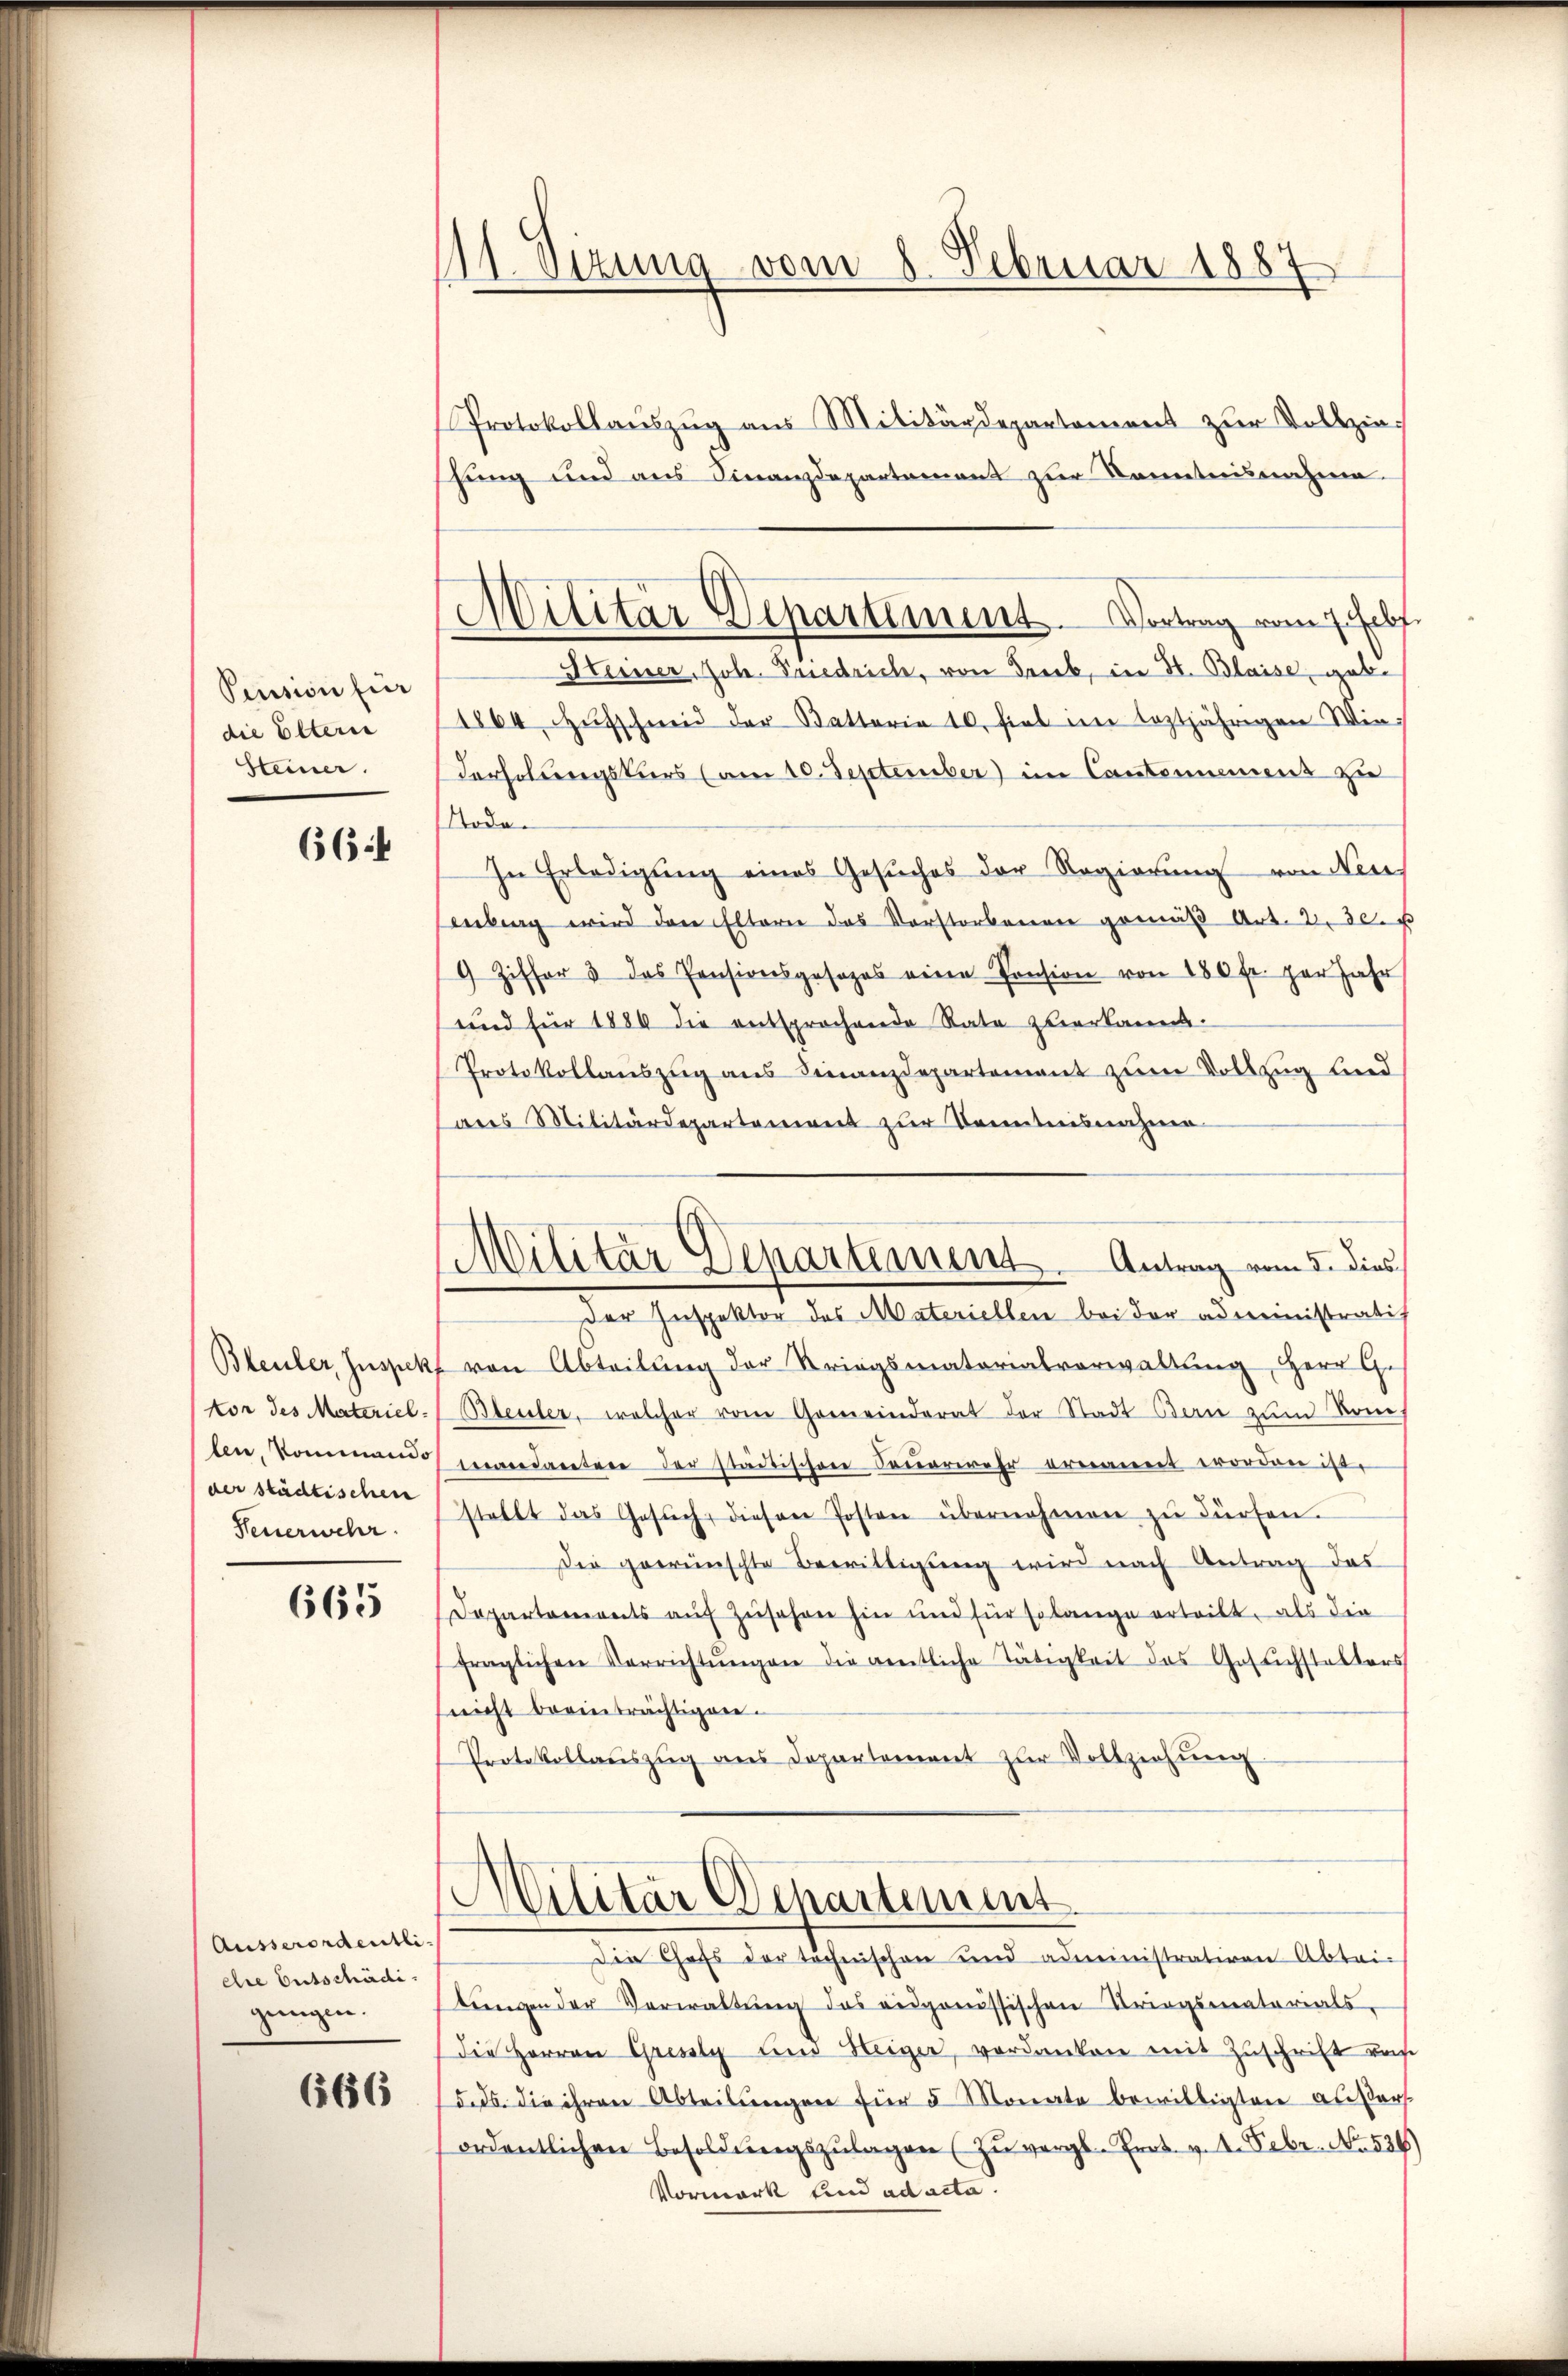
Pension für
die Eltern
Steiner.

664

len, kommando
der städtischen
Feuerwehr.

665

Ausserordentliere Entschädi
gungen.

666

11. Sizung vom 8. Februar 1887

Militär Departement. Vortrag vom 7. Febr.

Militar Departement. Antrag vom 5. dies

Protokollauszug aus Militärdepartement zur Vollzieshung und aus Finanzdepartement zur Kenntnisnahme.
Heiner, Joh. Friedrich, von Trieb, in H. Blaise, gebe
1864 Aufschmid der Battaria 10. fiel im leztjährigen Wiederholungskurs (am 10. September) im Cantonnement zu
Toda¬
In Erledigŭng eines Gesŭches der Regierŭng von Neu
enberg wird den Eltern das Vorstorbenen gemäβ Art. 2. 30. u
9 Ziffer & das Pensionsgesezes eine Pension von 180 fr. per Jahr
und für 1886 die entsprochende Rate zuerkannt.
Protokollauszug aus Finanzdepartement zum Vollzug leid
aus Militärdepartement zur Kenntnisnahme
der Inspektor des Materiellen bei der administratih
Bleuler, Inspekt von Abteilung der Kriegsmatorialverwaltung, Herr G.
tor des Materiel-Bleuler, welcher vom Gemeinderat der Stadt Bern zum Vom
verandarten der städtischen Feuerwehr ernannt worden ist.
stellt das Gesŭch, diesen Posten übernehmen zŭ dürfen.
Die gewünschte Bewilligung wird nach Antrag das
Departements auf Zusehen hin und für solange erteilt, als die
fraglichen Verrichtŭngen die gentliche Tätigkeit des Gesuchstalters
nicht beeinträchtigen.
Protokollaŭszŭg ans Departement zŭr Vollziehŭng
Militär Departement.
Die Chefs der technischen und administrativen Abtri-
bŭngen der Verwaltŭng des eidgenössischen Kriegsmaterials.
die Herren Gressly und Heiger, verdanken mit Zuschrift res
5. ds. die ihren Abteilungen für 5 Monate bewilligten außersordentlichen Besoldŭngszŭlagen (zŭ vergl. Prot. v. 2. Febr. No. 526)
Vormark und ad acta.